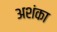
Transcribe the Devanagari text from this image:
अशंका